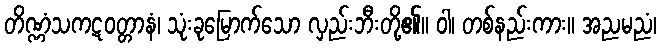
တိဏ္ဏံသကဋဝတ္တာနံ၊ သုံးခုမြောက်သော လှည်းဘီးတို့၏။ ဝါ၊ တစ်နည်းကား။ အညမညံ၊